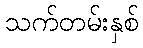
သက်တမ်းနှစ်